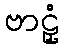
ဗာဠှံ